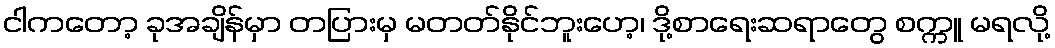
ငါကတော့ ခုအချိန်မှာ တပြားမှ မတတ်နိုင်ဘူးဟေ့၊ ဒို့စာရေးဆရာတွေ စက္ကူ မရလို့